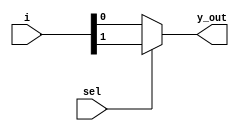
`timescale 1ns / 1ps

module mux_2_1(
    input [1:0] i,
    input sel,
    output y_out    
    );
    assign y_out= sel ? i[1] : i[0];
endmodule

module gates_mux(
    input a,b,
    output xor_out, xnor_out
    );
    wire bbar;
   
    mux_2_1 mbbar({1'b0, 1'b1}, b, bbar);
    
    mux_2_1 mxor({bbar, b}, a, xor_out);
    mux_2_1 mxnor({b, bbar}, a, xnor_out);

endmodule